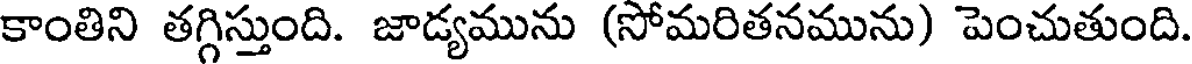
కాంతిని తగ్గిస్తుంది. జాడ్యమును (సోమరితనమును) పెంచుతుంది